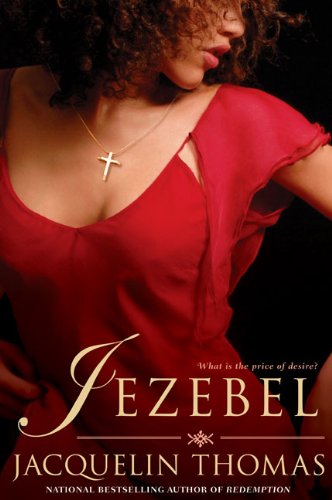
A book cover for Jezebel; Jacqueline Thomas; Literature & Fiction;